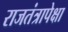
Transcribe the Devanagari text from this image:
राजतंत्रापेक्षा